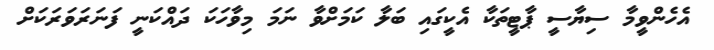
އެހެންވީމާ ސިޔާސީ ޕާޓީތަކާ އެކީގައި ބަލާ ކަމަށްވާ ނަމަ މިވާހަކަ ދައްކަނީ ފަނަރަވަރަކަށް